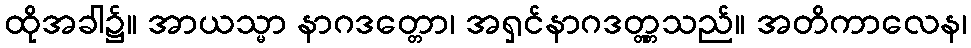
ထိုအခါ၌။ အာယသ္မာ နာဂဒတ္တော၊ အရှင်နာဂဒတ္တ္တသည်။ အတိကာလေန၊